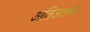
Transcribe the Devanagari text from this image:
अतिउत्‍तम